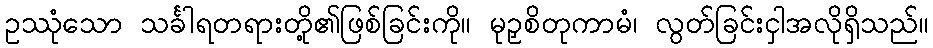
ဥဿုံသော သင်္ခါရတရားတို့၏ဖြစ်ခြင်းကို။ မုဉှစိတုကာမံ၊ လွတ်ခြင်းငှါအလိုရှိသည်။